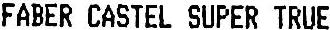
FABER CASTEL SUPER TRUE